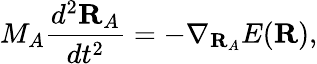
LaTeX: M_{A}\frac{d^{2}\textbf{R}_{A}}{dt^{2}}=-\nabla_{\textbf{R}_{A}}E(\textbf{R}),